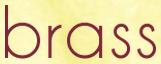
brass